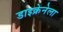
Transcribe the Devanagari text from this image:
डाइक्रेनेला